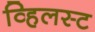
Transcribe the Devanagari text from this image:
व्हिलस्ट